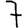
Digit: 7